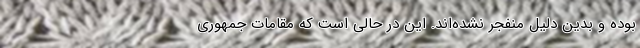
بوده و بدین دلیل منفجر نشده‌اند. این در حالی است که مقامات جمهوری